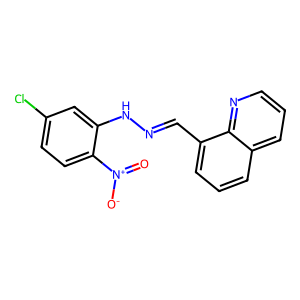
SMILES: O=[N+]([O-])c1ccc(Cl)cc1NN=Cc1cccc2cccnc12
Inhibits HIV replication: No